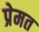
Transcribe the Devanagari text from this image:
प्रेमत